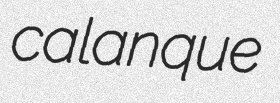
calanque